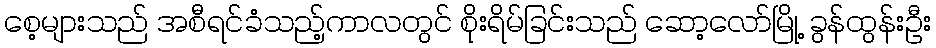
စေ့များသည် အစီရင်ခံသည့်ကာလတွင် စိုးရိမ်ခြင်းသည် ဆော့လော်မြို့ ခွန်ထွန်းဦး